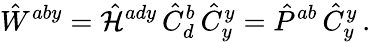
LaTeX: \hat{W}^{aby}=\hat{\cal H}^{ady}\, \hat{C}_{d}^{b}\, \hat{C}_{y}^{y}=\hat{P}^{ab}\, \hat{C}_{y}^{y}\, .